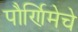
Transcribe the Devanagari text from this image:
पौर्णिमेचे